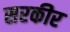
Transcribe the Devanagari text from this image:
सरकीर